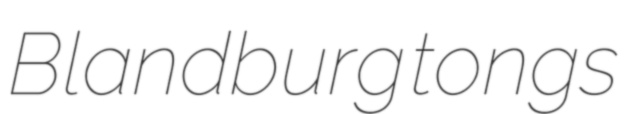
Blandburg tongs